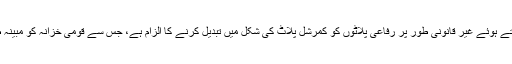
ملزمان پر اختیارات کا ناجائز استعمال کرتے ہوئے غیر قانونی طور پر رفاعی پلاٹوں کو کمرشل پلاٹ کی شکل میں تبدیل کرنے کا الزام ہے، جس سے قومی خزانہ کو مبینہ طور پر 500 ملین روپے کا نقصان پہنچا۔